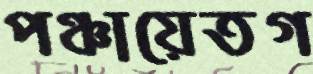
পঞ্চায়েতগ